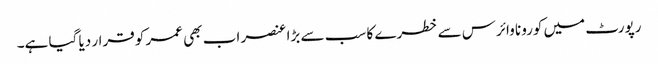
رپورٹ میں کورونا وائرس سے خطرے کا سب سے بڑا عنصر اب بھی عمر کو قرار دیا گیا ہے۔